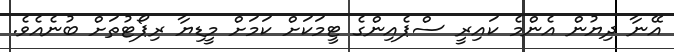
އޭނާ ދިޔުން އެންމެ ކައިރީ ސްޕެއިންގެ ޓީމަކަށް ކަމަށް މީޑިޔާ ރިޕޯޓުތަށް ބުނެއެވެ.